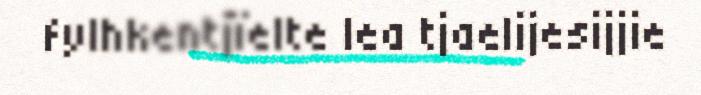
fylhkentjïelte lea tjaelijesijjie